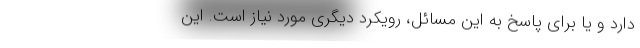
دارد و یا برای پاسخ به این مسائل، رویکرد دیگری مورد نیاز است. این